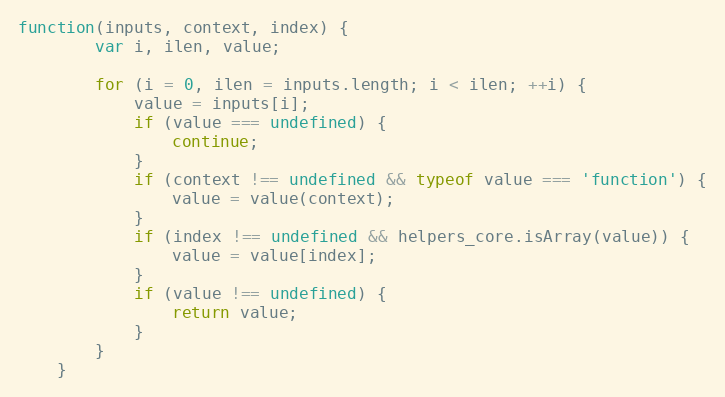
Language: JavaScript
function(inputs, context, index) {
		var i, ilen, value;

		for (i = 0, ilen = inputs.length; i < ilen; ++i) {
			value = inputs[i];
			if (value === undefined) {
				continue;
			}
			if (context !== undefined && typeof value === 'function') {
				value = value(context);
			}
			if (index !== undefined && helpers_core.isArray(value)) {
				value = value[index];
			}
			if (value !== undefined) {
				return value;
			}
		}
	}